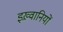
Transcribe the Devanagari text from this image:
इख़्वानियों